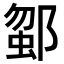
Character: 𨜗